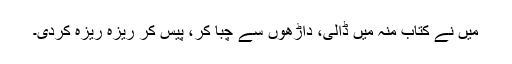
میں نے کتاب منہ میں ڈالی، داڑھوں سے چبا کر، پیس کر ریزہ ریزہ کردی۔